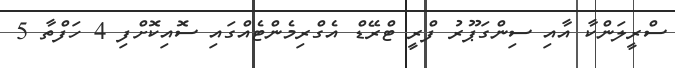
ސްރީލަންކާ އާއި ސިންގަޕޫރު ފްރީ ޓްރޭޑް އެގްރިމެންޓެއްގައި ސޮއިކޮށްފި 4 ހަފްތާ 5